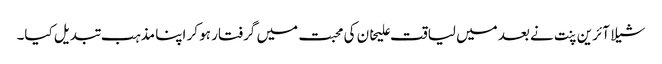
شیلا آئرین پنت نے بعد میں لیاقت علیخان کی محبت میں گرفتار ہو کر اپنا مذہب تبدیل کیا۔